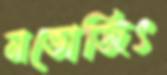
নভোজিৎ